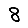
Digit: 8